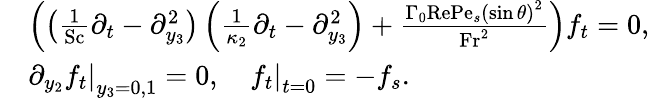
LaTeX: \begin{array}{rl}&{\left(\left(\frac{1}{\mathrm{Sc}}\partial_{t}-\partial_{y_{3}}^{2}\right)\left(\frac{1}{\kappa_{2}}\partial_{t}-\partial_{y_{3}}^{2}\right)+\frac{\Gamma_{0}\mathrm{Re}\mathrm{Pe}_{s}\left(\sin\theta\right)^{2}}{\mathrm{Fr}^{2}}\right)f_{t}=0,}\\ &{\left.\partial_{y_{2}}f_{t}\right|_{y_{3}=0,1}=0,\quad\left.f_{t}\right|_{t=0}=-f_{s}.}\end{array}